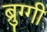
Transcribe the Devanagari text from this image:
ब्रुग्गी